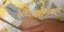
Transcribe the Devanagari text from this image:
कैम्पाइलोबैक्टर